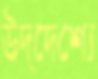
উদ্দেশ্যে